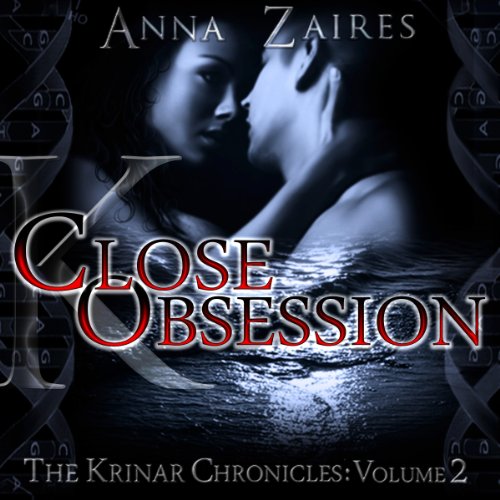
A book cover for Close Obsession: The Krinar Chronicles, Volume 2; Anna Zaires; Romance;